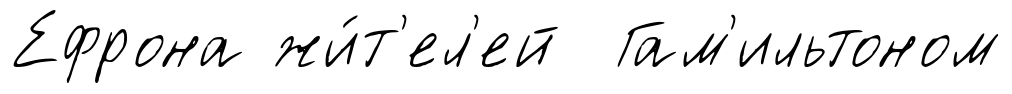
Ефрона жи́т'ел'ей Гам'ильтоном